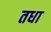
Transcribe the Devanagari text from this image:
तधा